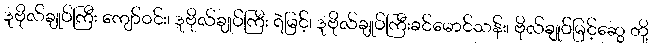
ဒုဗိုလ်ချုပ်ကြီး ကျော်ဝင်း၊ ဒုဗိုလ်ချုပ်ကြီး ရဲမြင့်၊ ဒုဗိုလ်ချုပ်ကြီးခင်မောင်သန်း၊ ဗိုလ်ချုပ်မြင့်ဆွေ တို့